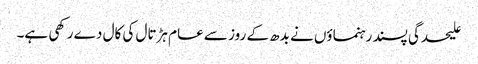
علیحدگی پسند رہنماؤں نے بدھ کے روز سے عام ہڑتال کی کال دے رکھی ہے۔